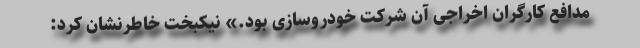
مدافع کارگران اخراجی آن شرکت خودروسازی بود.» نیکبخت خاطرنشان کرد: